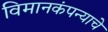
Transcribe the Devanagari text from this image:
विमानकंपन्याचे